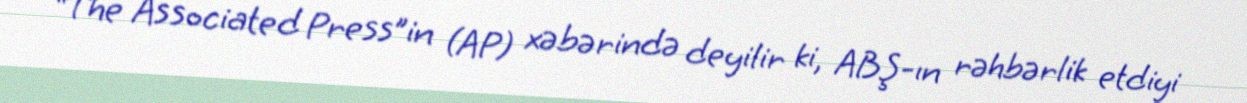
“The Associated Press”in (AP) xəbərində deyilir ki, ABŞ-ın rəhbərlik etdiyi